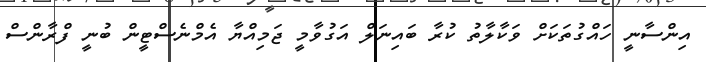
އިންސާނީ ހައްގުތަކަށް ވަކާލާތު ކުރާ ބައިނަލް އަގުވާމީ ޖަމިއްޔާ އެމްނެސްޓީން ބުނީ ފްރާންސް